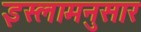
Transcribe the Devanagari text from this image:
इस्लामनुसार